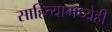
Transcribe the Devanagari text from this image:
साहित्यामध्येही